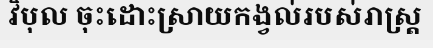
វិបុល ចុះដោះស្រាយកង្វល់របស់រាស្ត្រ